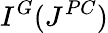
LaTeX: I^{G}(J^{PC})